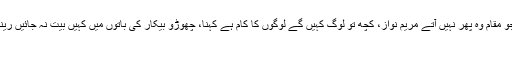
شہباز شریف زندگی کے سفرمیں گزر جاتے ہیں جو مقام وہ پھر نہیں آتے مریم نواز، کچھ تو لوگ کہیں گے لوگوں کا کام ہے کہنا، چھوڑو بیکار کی باتوں میں کہیں بیت نہ جائیں رینا حمزہ شہباز، مجھے تیری محبت کا سہارا مل…
25/01/2018 ثنا ہاشمی n/b Views